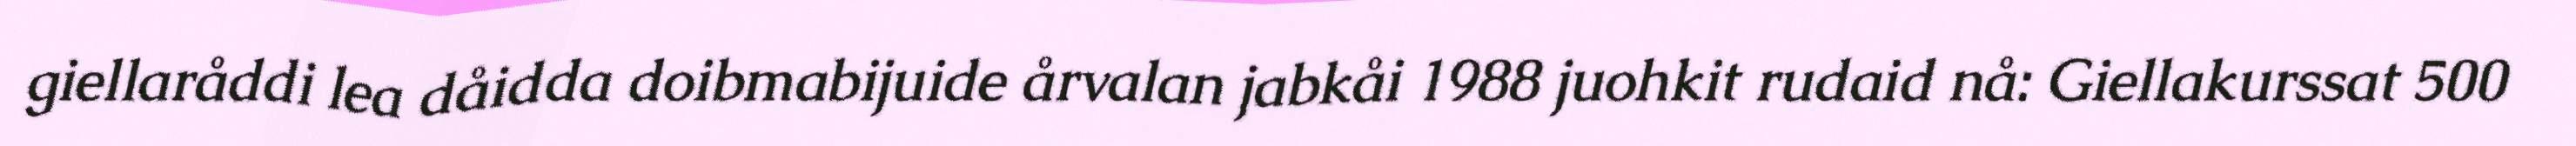
giellaråddi lea dåidda doibmabijuide årvalan jabkåi 1988 juohkit rudaid nå: Giellakurssat 500